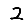
Digit: 2